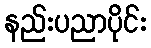
နည်းပညာပိုင်း